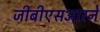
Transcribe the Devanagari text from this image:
जीबीएसआरने